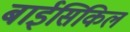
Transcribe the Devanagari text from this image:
बाईसिकिल